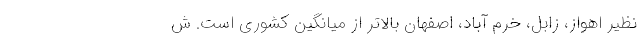
نظیر اهواز، زابل، خرم آباد، اصفهان بالاتر از میانگین کشوری است. ش